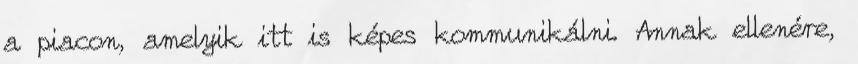
a piacon, amelyik itt is képes kommunikálni. Annak ellenére,